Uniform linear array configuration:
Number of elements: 12
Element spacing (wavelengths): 1
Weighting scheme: binomial
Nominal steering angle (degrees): -30
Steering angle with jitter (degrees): -28.177
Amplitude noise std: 0.05
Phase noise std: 0.05

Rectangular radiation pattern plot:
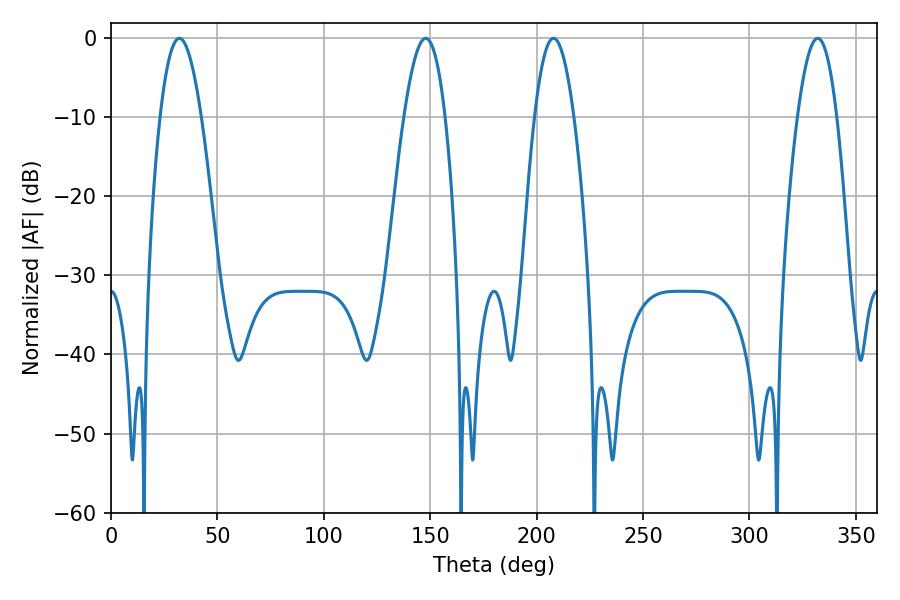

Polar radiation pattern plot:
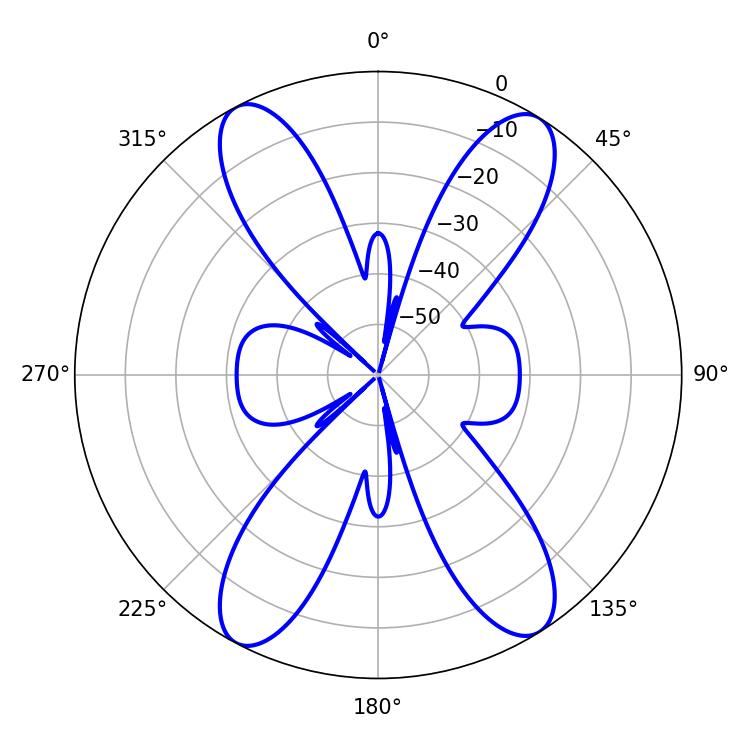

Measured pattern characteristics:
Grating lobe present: TRUE
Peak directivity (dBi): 17.623
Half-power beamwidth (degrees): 10.08
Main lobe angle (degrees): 207.9